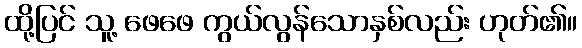
ထို့ပြင် သူ့ ဖေဖေ ကွယ်လွန်သောနှစ်လည်း ဟုတ်၏။